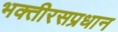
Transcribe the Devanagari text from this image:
भक्तीरसप्रधान